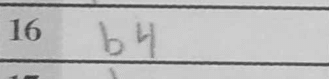
Transcription: b4